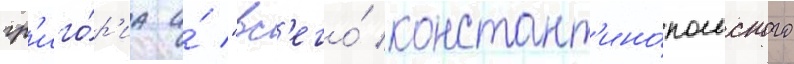
гр'иго́р'иа и́ "вс'его́ констант'ино́польского